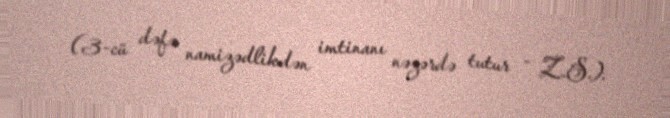
(3-cü dəfə namizədlikdən imtinanı nəzərdə tutur - Z.S.).